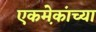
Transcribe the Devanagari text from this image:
एकमे़कांच्या